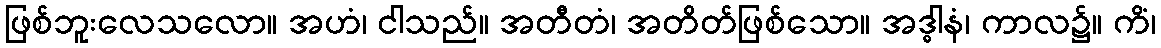
ဖြစ်ဘူးလေသလော။ အဟံ၊ ငါသည်။ အတီတံ၊ အတိတ်ဖြစ်သော။ အဒ္ဓါနံ၊ ကာလ၌။ ကိံ၊